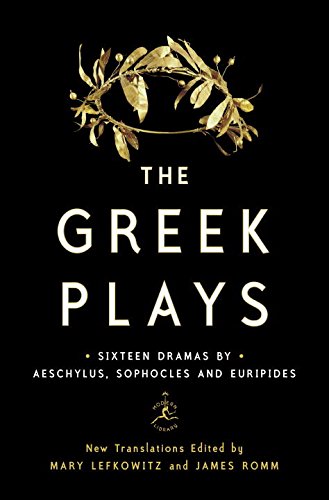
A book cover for The Greek Plays: Sixteen Plays by Aeschylus, Sophocles, and Euripides (Modern Library Classics); Literature & Fiction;